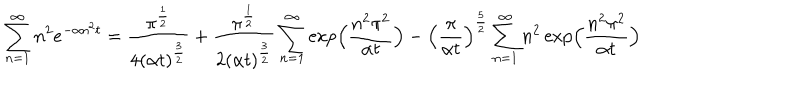
\sum _ { n = 1 } ^ { \infty } n ^ { 2 } e ^ { - \alpha n ^ { 2 } t } = { \frac { \pi ^ { \frac { 1 } { 2 } } } { 4 ( \alpha t ) ^ { \frac { 3 } { 2 } } } } + { \frac { \pi ^ { \frac { 1 } { 2 } } } { 2 ( \alpha t ) ^ { \frac { 3 } { 2 } } } } \sum _ { n = 1 } ^ { \infty } \exp \Bigl ( { \frac { n ^ { 2 } \pi ^ { 2 } } { \alpha t } } \Bigr ) - \left( { \frac { \pi } { \alpha t } } \right) ^ { \frac { 5 } { 2 } } \sum _ { n = 1 } ^ { \infty } n ^ { 2 } \exp \Bigl ( { \frac { n ^ { 2 } \pi ^ { 2 } } { \alpha t } } \Bigr )